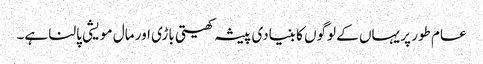
عام طور پر یہاں کے لوگوں کا بنیادی پیشہ کھیتی باڑی اور مال مویشی پالنا ہے۔